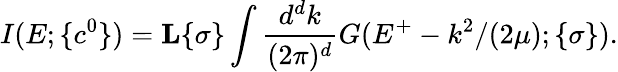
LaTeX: I(E;\{ c^{0}\} )={\mathbf L}{\{ \sigma\} }\int\displaystyle\frac{d^{d}k}{(2\pi)^{d}}G(E^{+}-k^{2}/(2\mu);\{ \sigma\} ).